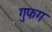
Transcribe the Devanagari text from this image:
गुफग